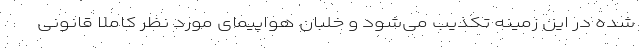
شده در این زمینه تکذیب می‌شود و خلبان هواپیمای مورد نظر کاملا قانونی